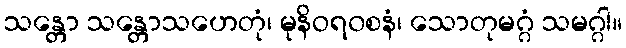
သန္တော သန္တောသဟေတုံ၊ မုနိဝရ၀စနံ၊ သောတုမဂ္ဂံ သမဂ္ဂါ။